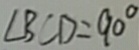
\angle B C D = 9 0 ^ { \circ }